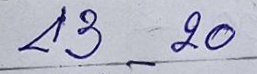
43 - 20